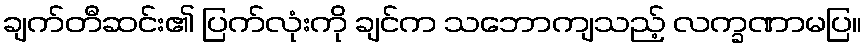
ချက်တီဆင်း၏ ပြက်လုံးကို ချင်က သဘောကျသည့် လက္ခဏာမပြ။